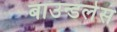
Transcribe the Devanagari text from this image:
बाउन्डलेस